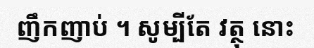
ញឹកញាប់ ។ សូម្បីតែ វត្ថុ នោះ